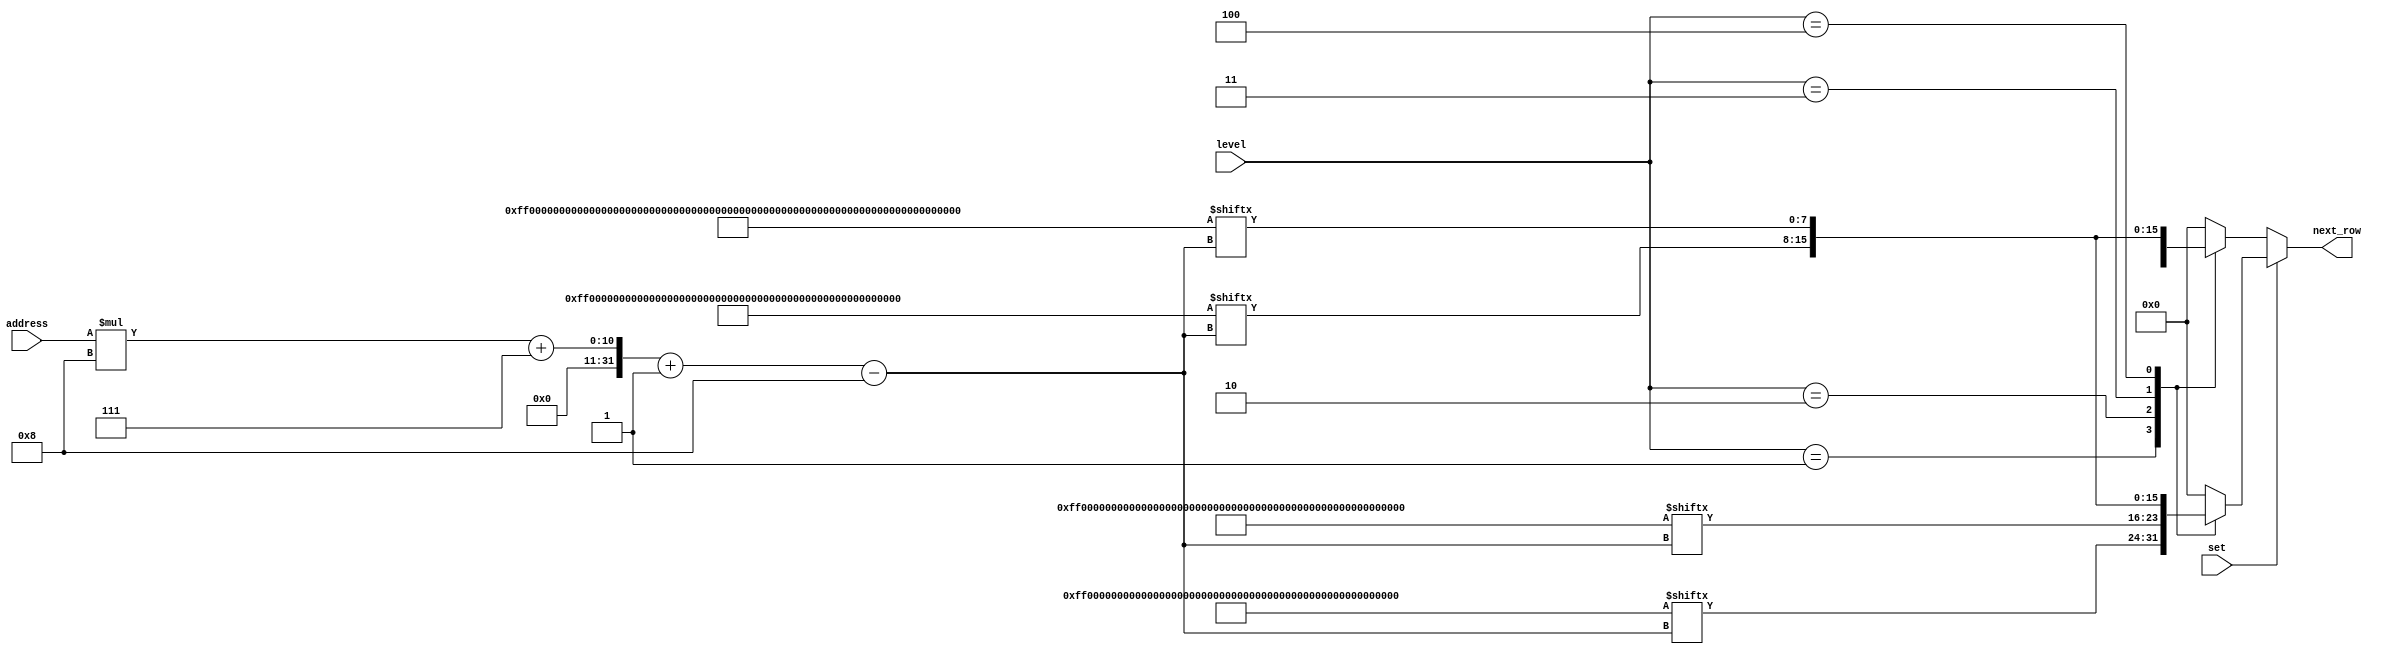
/*
   This file was generated automatically by the Mojo IDE version B1.3.6.
   Do not edit this file directly. Instead edit the original Lucid source.
   This is a temporary file and any changes made to it will be destroyed.
*/

module map_38 (
    input [0:0] set,
    input [5:0] address,
    input [2:0] level,
    output reg [7:0] next_row
  );
  
  
  
  localparam LEVEL1 = 224'hff000000000000820014008800180024400210002400440018000840;
  
  localparam LEVEL2 = 216'hff0000000000008801084066001188021410210840140420281042;
  
  localparam LEVEL3 = 216'hff0000000000009900662200888082082804100110401400111044;
  
  localparam LEVEL4 = 296'hff000000000000542a5418200014142814089482510220201408885908282814088048116a;
  
  always @* begin
    
    case (set)
      1'h1: begin
        
        case (level)
          2'h1: begin
            next_row = LEVEL2[(address)*8+7-:8];
          end
          2'h2: begin
            next_row = LEVEL1[(address)*8+7-:8];
          end
          2'h3: begin
            next_row = LEVEL3[(address)*8+7-:8];
          end
          3'h4: begin
            next_row = LEVEL4[(address)*8+7-:8];
          end
          default: begin
            next_row = 8'h00;
          end
        endcase
      end
      default: begin
        
        case (level)
          2'h1: begin
            next_row = LEVEL1[(address)*8+7-:8];
          end
          2'h2: begin
            next_row = LEVEL2[(address)*8+7-:8];
          end
          2'h3: begin
            next_row = LEVEL3[(address)*8+7-:8];
          end
          3'h4: begin
            next_row = LEVEL4[(address)*8+7-:8];
          end
          default: begin
            next_row = 8'h00;
          end
        endcase
      end
    endcase
  end
endmodule